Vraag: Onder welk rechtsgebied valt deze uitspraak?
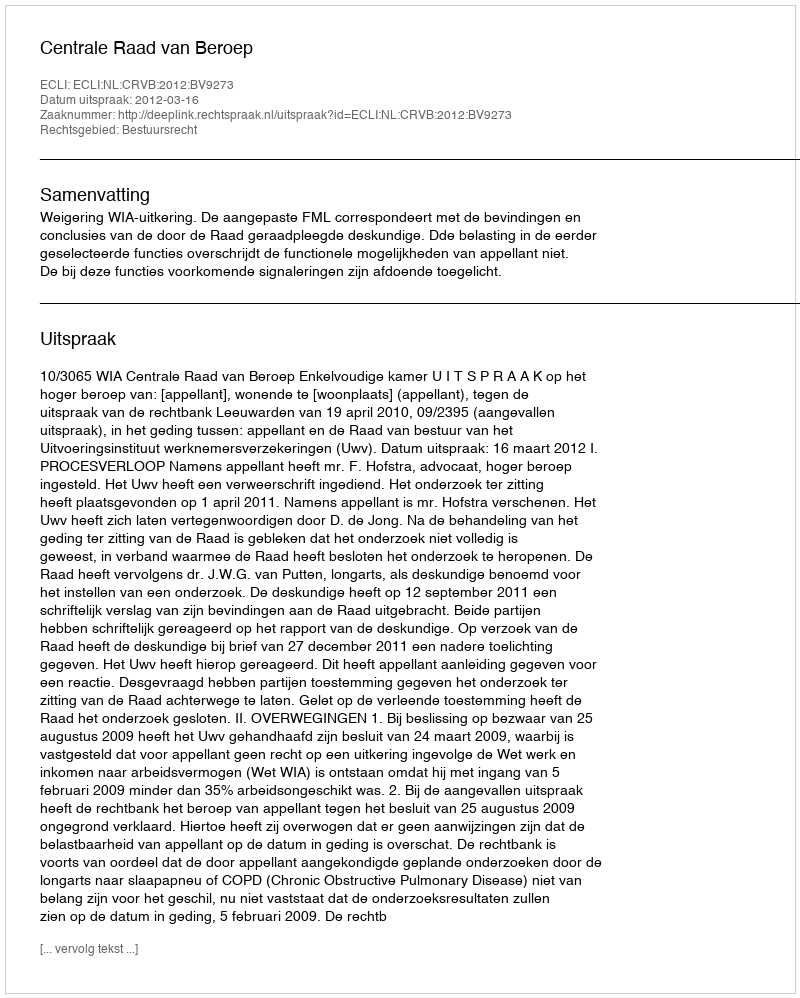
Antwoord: Bestuursrecht